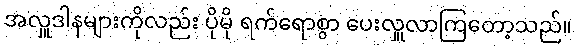
အလှူဒါနများကိုလည်း ပိုမို ရက်ရောစွာ ပေးလှူလာကြတော့သည်။